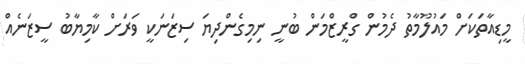
މީޑިއާތަކަށް މައުލޫމާތު ދެމުން ގްރީޒްމަން ބުނީ ނިމިގެންދިޔަ ސިޒަނަކީ ވަރަށް ކާމިޔާބު ސީޒަނެއް